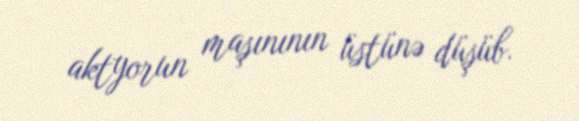
aktyorun maşınının üstünə düşüb.